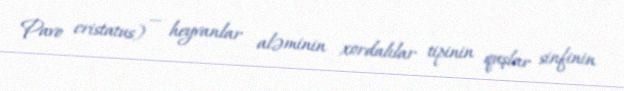
Pavo cristatus) — heyvanlar aləminin xordalılar tipinin quşlar sinfinin